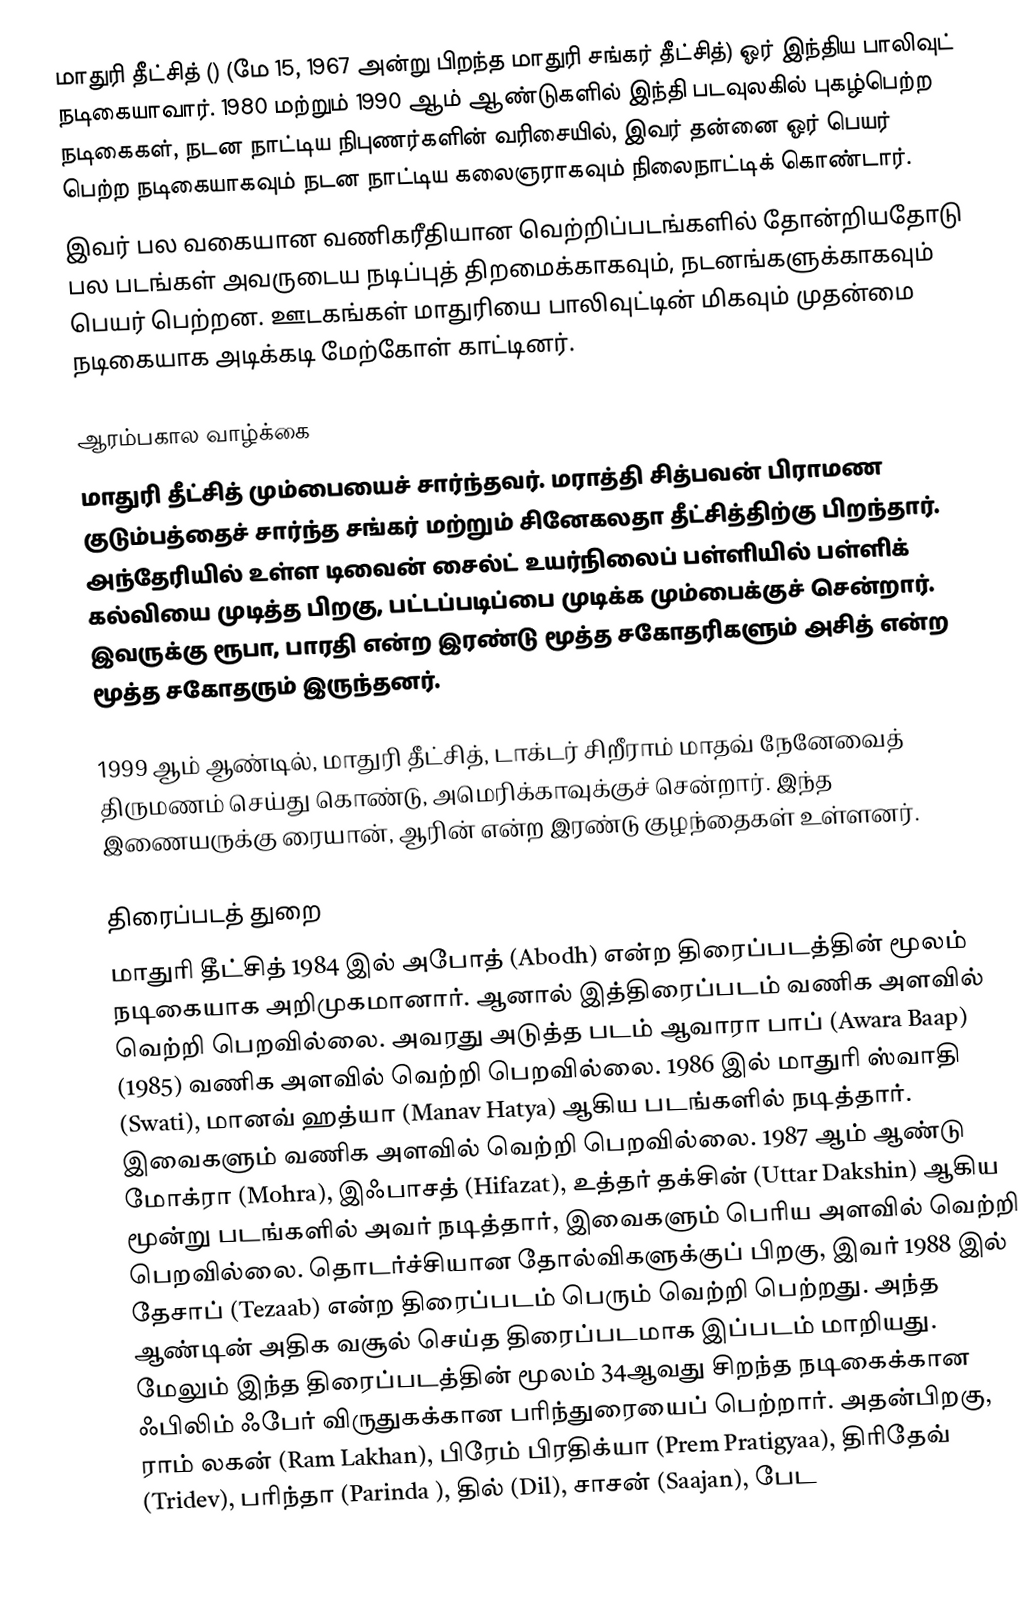
மாதுரி தீட்சித்  () (மே 15, 1967 அன்று பிறந்த மாதுரி சங்கர் தீட்சித்) ஓர் இந்திய பாலிவுட் நடிகையாவார்.  1980 மற்றும் 1990 ஆம் ஆண்டுகளில் இந்தி படவுலகில் புகழ்பெற்ற நடிகைகள், நடன நாட்டிய நிபுணர்களின் வரிசையில், இவர் தன்னை ஓர் பெயர் பெற்ற நடிகையாகவும் நடன நாட்டிய கலைஞராகவும் நிலைநாட்டிக் கொண்டார்.
 இவர் பல வகையான வணிகரீதியான வெற்றிப்படங்களில் தோன்றியதோடு பல படங்கள் அவருடைய நடிப்புத் திறமைக்காகவும், நடனங்களுக்காகவும் பெயர் பெற்றன. ஊடகங்கள் மாதுரியை பாலிவுட்டின் மிகவும் முதன்மை நடிகையாக அடிக்கடி மேற்கோள் காட்டினர்.

ஆரம்பகால வாழ்க்கை
மாதுரி தீட்சித் மும்பையைச் சார்ந்தவர். மராத்தி சித்பவன் பிராமண குடும்பத்தைச் சார்ந்த சங்கர் மற்றும் சினேகலதா தீட்சித்திற்கு பிறந்தார். அந்தேரியில் உள்ள டிவைன் சைல்ட் உயர்நிலைப் பள்ளியில் பள்ளிக் கல்வியை முடித்த பிறகு, பட்டப்படிப்பை முடிக்க மும்பைக்குச் சென்றார். இவருக்கு ரூபா, பாரதி என்ற இரண்டு மூத்த சகோதரிகளும் அசித் என்ற மூத்த சகோதரும் இருந்தனர்.

1999 ஆம் ஆண்டில், மாதுரி தீட்சித், டாக்டர் சிறீராம் மாதவ் நேனேவைத் திருமணம் செய்து கொண்டு, அமெரிக்காவுக்குச் சென்றார். இந்த இணையருக்கு ரையான், ஆரின் என்ற இரண்டு குழந்தைகள் உள்ளனர்.

திரைப்படத் துறை
மாதுரி தீட்சித் 1984 இல் அபோத் (Abodh) என்ற திரைப்படத்தின் மூலம் நடிகையாக அறிமுகமானார். ஆனால் இத்திரைப்படம் வணிக அளவில் வெற்றி பெறவில்லை. அவரது அடுத்த படம் ஆவாரா பாப் (Awara Baap) (1985) வணிக அளவில் வெற்றி பெறவில்லை. 1986 இல் மாதுரி ஸ்வாதி (Swati), மானவ் ஹத்யா (Manav Hatya) ஆகிய படங்களில் நடித்தார். இவைகளும் வணிக அளவில் வெற்றி பெறவில்லை. 1987 ஆம் ஆண்டு மோக்ரா (Mohra), இஃபாசத் (Hifazat), உத்தர் தக்சின் (Uttar Dakshin) ஆகிய மூன்று படங்களில் அவர் நடித்தார், இவைகளும் பெரிய அளவில் வெற்றி பெறவில்லை. தொடர்ச்சியான தோல்விகளுக்குப் பிறகு, இவர் 1988 இல் தேசாப் (Tezaab) என்ற திரைப்படம் பெரும் வெற்றி பெற்றது. அந்த ஆண்டின் அதிக வசூல் செய்த திரைப்படமாக இப்படம் மாறியது. மேலும் இந்த திரைப்படத்தின் மூலம் 34ஆவது சிறந்த நடிகைக்கான ஃபிலிம் ஃபேர் விருதுகக்கான பரிந்துரையைப் பெற்றார். அதன்பிறகு, ராம் லகன் (Ram Lakhan), பிரேம் பிரதிக்யா (Prem Pratigyaa), திரிதேவ் (Tridev), பரிந்தா (Parinda ), தில் (Dil), சாசன் (Saajan), பேட